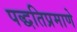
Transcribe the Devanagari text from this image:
पद्धतिप्रमाणे